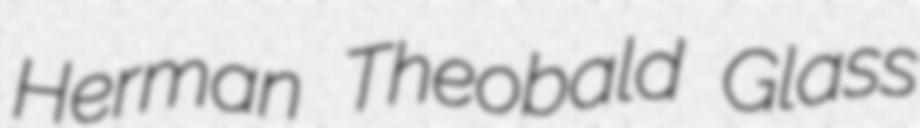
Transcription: Herman Theobald Glass